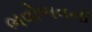
ભવોભવની